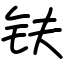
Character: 𫓧